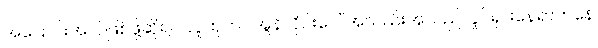
အပြောင်းအလဲဖြစ်ဖို့ဆိုရင် လူထုဟာ အွန်လိုင်းပေါ် အသည်းအသည်လှုပ်ရှားနေရာကနေ